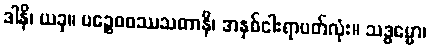
ဒါနိ၊ ယခု။ ပဉ္စေဝဝဿသတာနိ၊ အနှစ်ငါးရာပတ်လုံး။ သဒ္ဓမ္မော၊